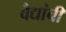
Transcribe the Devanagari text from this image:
वैद्यांची